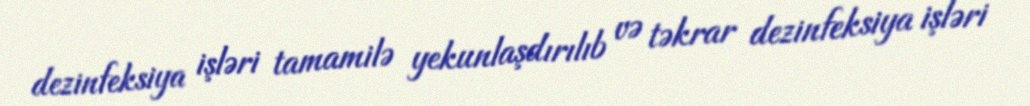
dezinfeksiya işləri tamamilə yekunlaşdırılıb və təkrar dezinfeksiya işləri